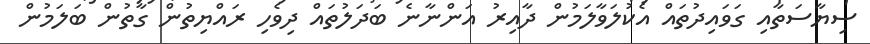
ސިޔާސަތާއި ގަވައިދުތައް އެކުލަވާލަމުން ދާއިރު އަންނާނެ ބަދަލުތައް ދިވެހި ރައްޔިތުން ގާތުން ބަލަމުން